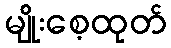
မျိုးစေ့ထုတ်